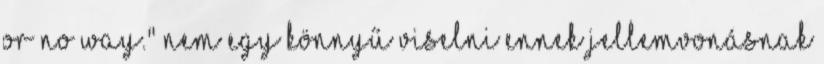
or no way." Nem egy könnyű viselni ennek jellemvonásnak